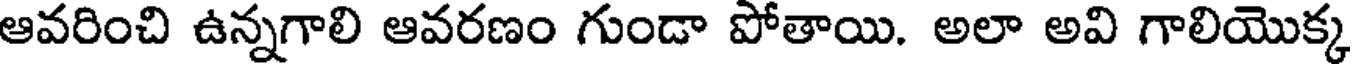
ఆవరించి ఉన్నగాలి ఆవరణం గుండా పోతాయి. అలా అవి గాలియొక్క